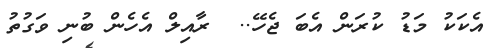
އެކަކު މަޑު ކުރަން އެބަ ޖެހޭ..  ރާއިލް އެހެން ބުނި ވަގުތު